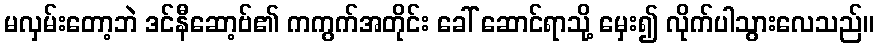
မလှမ်းတော့ဘဲ ဒင်နီဆော့ဗ်၏ ကကွက်အတိုင်း ခေါ် ဆောင်ရာသို့ မှေး၍ လိုက်ပါသွားလေသည်။